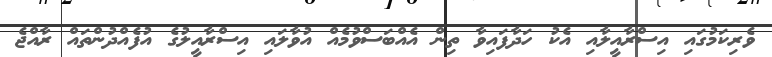
ވެރިކަމުގައި އިސްރާއީލާއި އެކު ހަދާފައިވާ ތިން އެއްބަސްވުމެއް އުވާލައި އިސްރާއީލުގެ އުފެއްދުންތައް ރާއްޖެ